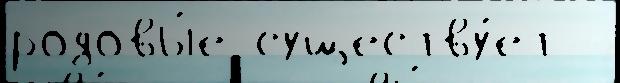
родовы́е существу́ет